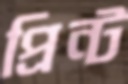
প্রিন্ট